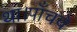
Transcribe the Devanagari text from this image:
था।पाँचवे